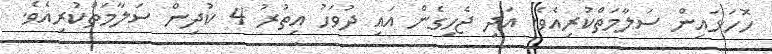
ހޮހަޅައިން ސަލާމަތްކުރިއެވެ. އަދި ޖެހިގެން އައި ދުވަހު އިތުރު 4 ކުދިން ސަލާމަތްކުރިއެވެ.